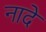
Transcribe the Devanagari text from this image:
नादे